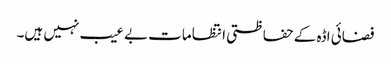
فضائی اڈہ کے حفاظتی انتظامات بے عیب نہیں ہیں۔